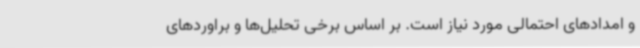
و امدادهای احتمالی مورد نیاز است. بر اساس برخی تحلیل‌ها و براوردهای